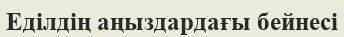
Еділдің аңыздардағы бейнесі